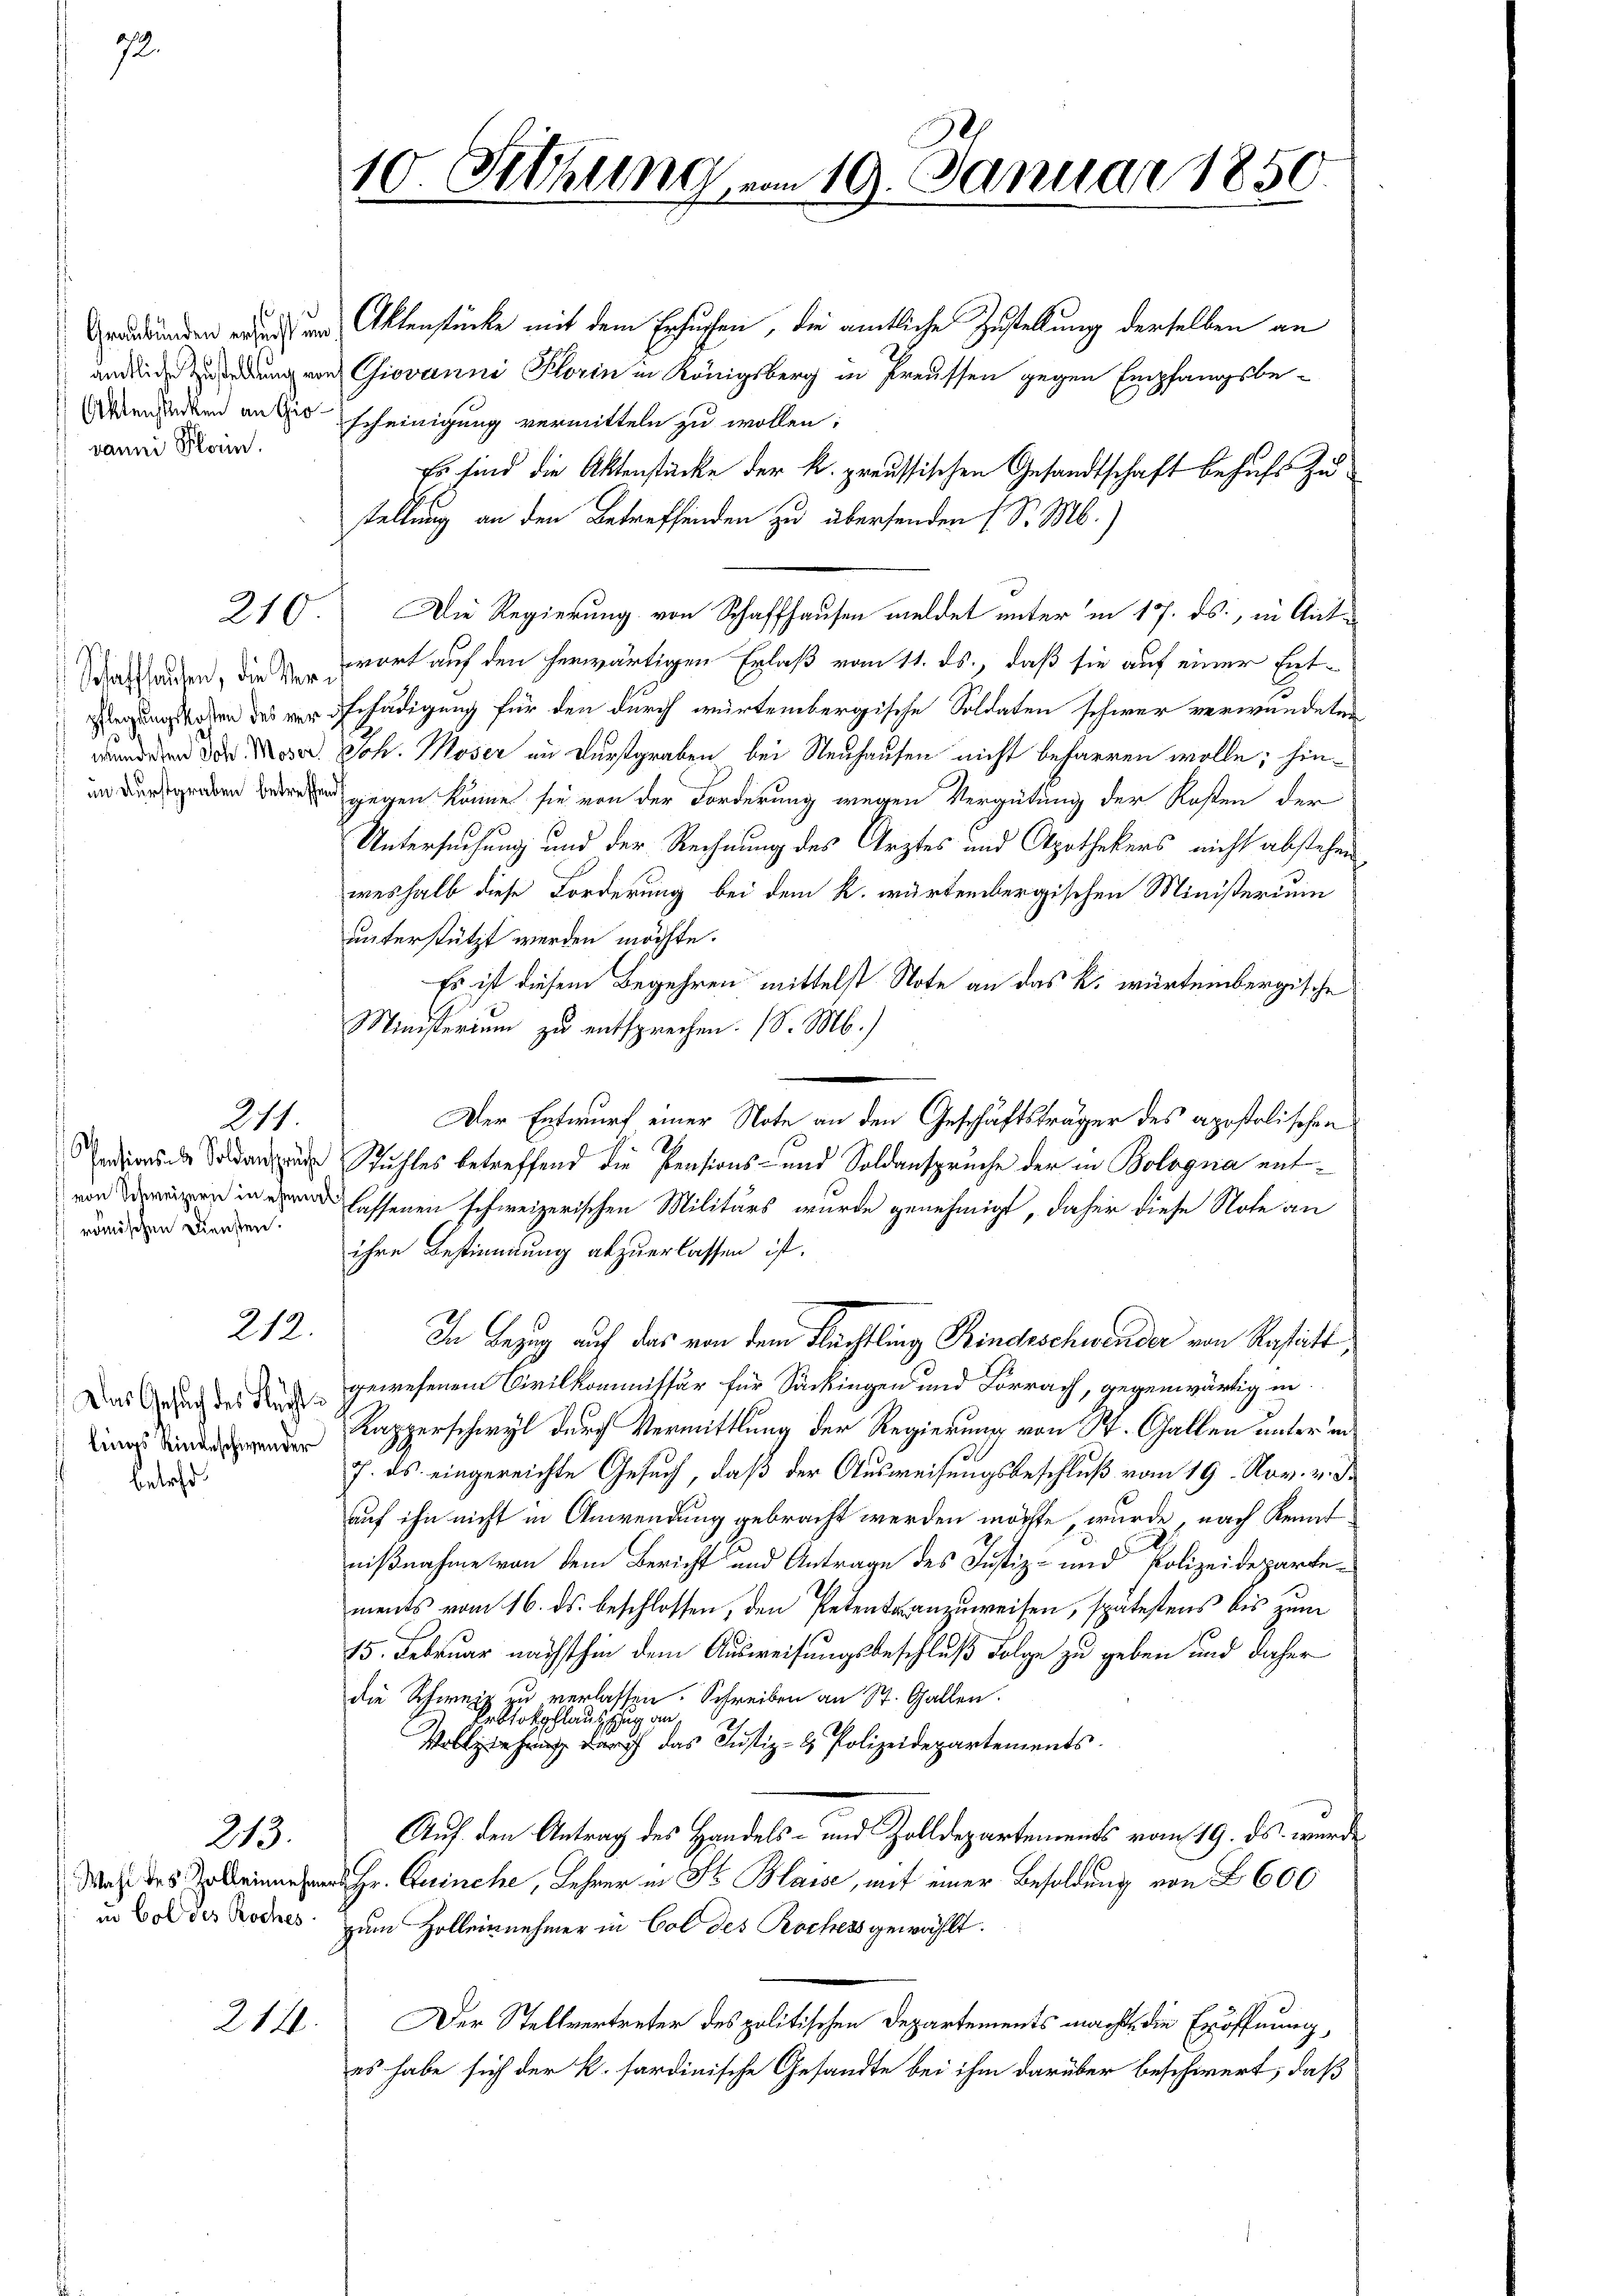
72.

vanni Plain.

betret

in Col des Roches

210.

Schaffhausen, die Ver¬

römischen Diensten.

271.

212.

213.

214.

10. Sitzung vom 19. Januar 1850.

wunden wird von Aktenstücke mit dem Ersuchen, die amtliche Zustellung derselben an
anden redung von Giovanni Korin in Königsberg in Preussen gegen Empfangsbe-
Abenden an die scheinigung vermitteln zu wollen;
Es sind die Aktenstücke der k. preussischen Gesandtschaft behufs Zustellung an den Betreffenden zu übersenden (S. M.)
Die Regierung von Schaffhausen meldet unter in 17. ds., in Antwort auf den herwärtigen Erlaß vom 11. ds., daß sie auf einer Ent¬
Flegungsrohen des vor Schädigung für den durch würtembergische Soldaten schwer verwundeten
werdenen der Moser. Joh. Moser im Durstgraben bei Neuhausen nicht beharren wolle; hin¬
 gegen könne sie von der Forderung wegen Vergütung der Kosten der
Untersuchung und der Rechnung des Arztes und Apothekers nicht abstehen
weshalb diese Forderung bei dem k. würtembergischen Ministerium
unterstützt werden möchte.
Es ist diesem Begehren mittelst Note an das k. würtembergische
Ministerium zu entsprechen. (S. M.)
Der Entwurf einer Note an den Geschäftsträger des apostolischen
 Sodann Stuhles betreffend die Pensions- und Soldanspruche der in Bologna entn in lassenen schweizerischen Militärs wurde genehmigt, daher diese Note an
ihre Bestimmung abzuerlassen ist.
In Bezug auf das von dem Rechtling Kindeschwender von Restatt,
Das nach des Rad gewesenem Civilkommissär für Sackingen und Lörrach, gegenwärtig in
apperschwyl durch Vermittlung der Regierung von St. Gallen unter in
7. ds. eingereichte Gesuch, daß der Ausweisungsbeschluß vom 19. Nov. v. d.
auf ihn nicht in Anwendung gebracht werden möchte, wurde, nach Renat
nißnahme von dem Bericht und Antrage des Justiz- und Polizeidepartements vom 16. ds. beschlossen, den Petente anzuweisen, spätestens bis zum
15. Februar nächsthin dem Ausweisungsbeschluß Folge zu geben und daher
die Schweiz zu verlassen. Schreiben an St. Gallen.
Erbtockschlausschung an.
Vollziehung darf das Justiz- & Polizeidepartements
Auf den Antrag des Handels- und Zolldepartements vom 19. ds. wurde
Wahl des Erleingesandt Hr. Beinche, Lehrer in St. Blaise, mit einer Besoldung von § 600
zum Zolleinnehmer in Col des Rochers gewählt.
Der Stellvertreter des politischen Departements macht, die Eröffnung,
es habe sich der k. sardinische Gesandte bei ihm darüber beschwert, daß